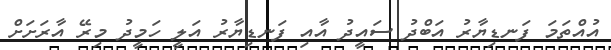
އުއްތަމަ ފަނޑިޔާރު އަބްދު ސައީދު އާއި ފަނޑިޔާރު އަލީ ހަމީދު މިރޭ އާރަށަށް